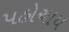
પહોચાય